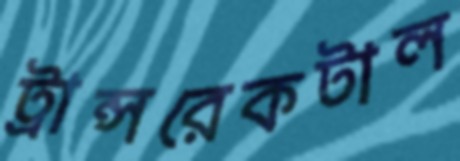
ট্রান্সরেকটাল